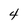
Character: 4